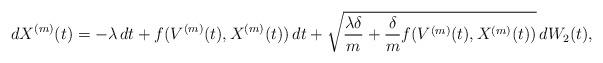
LaTeX: \begin{align*}&dX^{(m)}(t)=-\lambda\,dt+f(V^{(m)}(t),X^{(m)}(t))\,dt+\sqrt{\frac{\lambda\delta}{m}+\frac{\delta}{m} f(V^{(m)}(t),X^{(m)}(t))}\,dW_2(t), \end{align*}